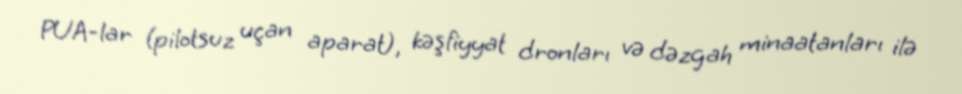
PUA-lar (pilotsuz uçan aparat), kəşfiyyat dronları və dəzgah minaatanları ilə